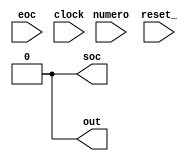
/**
 *
 *          Created on 14/07/2019.
 */

module RL_20180717(soc, eoc, numero, out, clock, reset_);
    input           clock, reset_;
    output          soc;
    input           eoc;
    input   [7:0]   numero;
    output          out;

    reg         SOC;
    reg         OUT;
    reg  [7:0]  COUNT;
    reg  [7:0]  APP;

    assign soc = SOC;
    assign out = OUT;

    reg  [1:0]  STAR;
    parameter S0 = 0, S1 = 1, S2 = 2, S3 = 3;

    always @(reset_ == 0) #1 begin
                                SOC <= 0;
                                OUT <= 0;
                                COUNT <= 10;
                                STAR <= S0;
                             end

    always @(posedge clock) if (reset_ == 1) #3
        casex(STAR)
            S0: begin
                    COUNT <= COUNT - 1;
                    SOC <= 1;
                    STAR <= (eoc == 1)? S0:S1;
                end
            S1: begin
                    COUNT <= COUNT - 1;
                    SOC <= 0;
                    APP <= numero;
                    STAR <= (eoc == 0)? S1:S2;
                end
            S2: begin
                    COUNT <= (COUNT == 1)? APP:(COUNT - 1);
                    OUT <= (COUNT == 1)? ~OUT : OUT;
                    STAR <= (COUNT == 1)? S0:S2;
                end
        endcase
endmodule